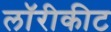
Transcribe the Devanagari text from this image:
लॉरीकीट